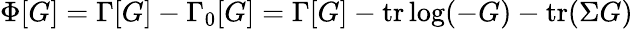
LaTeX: \Phi[G]=\Gamma[G]-\Gamma_{0}[G]=\Gamma[G]-\mathrm{tr}\log(-G)-\mathrm{tr}(\Sigma G)